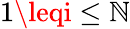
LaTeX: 1\leqi\leq\mathbb{N}